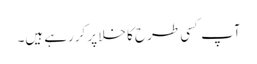
آپ کسی طرح کا خلا پر کررہے ہیں۔